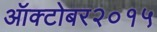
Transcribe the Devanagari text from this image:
ऑक्टोबर२०१५